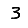
Digit: 3